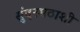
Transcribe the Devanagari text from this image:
सुंदरमठाशी